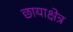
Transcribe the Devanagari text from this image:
छायाक्षेत्र